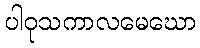
ပါဝုသကာလမေဃော